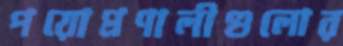
পয়োপ্রণালীগুলোর